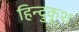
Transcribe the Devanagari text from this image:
हिन्दुकूश